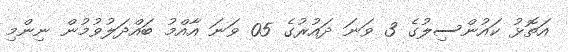
އަތޮޅު ކައުންސިލުގެ 3 ވަނަ ދައުރުގެ 05 ވަނަ އާއްމު ބައްދަލުވުމުން ނިންމި